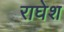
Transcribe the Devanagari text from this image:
राघेश